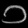
Digit: ၁